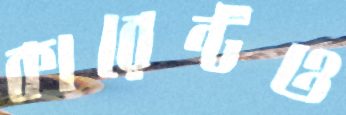
কারেন্টও